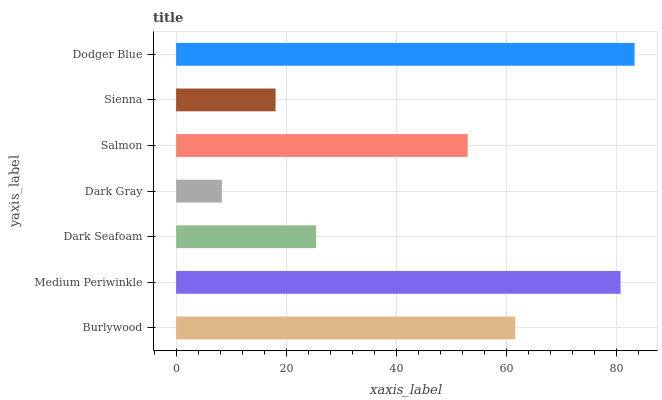
| yaxis_label | bars |
 | --- | --- |
 | Burlywood | 61.6 |
 | Medium Periwinkle | 80.8 |
 | Dark Seafoam | 25.4 |
 | Dark Gray | 8.32 |
 | Salmon | 53 |
 | Sienna | 18.1 |
 | Dodger Blue | 83.3 |